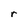
Character: r